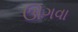
ઊગવા